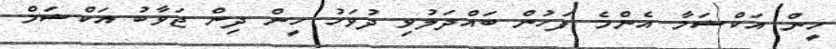
ހީން އަކްޝަމާ އެންމެ ފަހުން ބައްދަލުވި ދުވަހު ހީން ދިން ޖަވާބު އަކްޝަމް